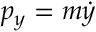
p _ { y } = m { \dot { y } }